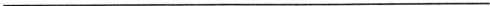
___